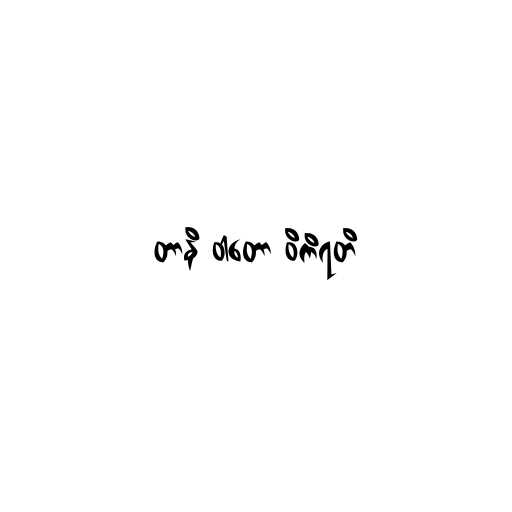
တာနိ ဝါတော ဝိကိရတိ